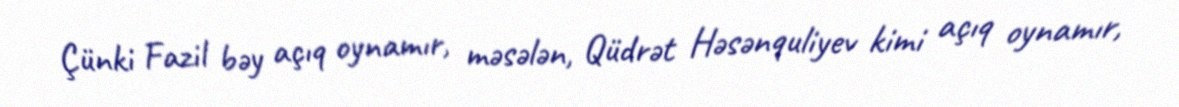
Çünki Fazil bəy açıq oynamır, məsələn, Qüdrət Həsənquliyev kimi açıq oynamır,